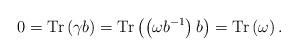
LaTeX: \begin{align*}0=\mathrm{Tr}\left(\gamma b \right)=\mathrm{Tr}\left(\left(\omega b^{-1}\right) b\right)=\mathrm{Tr}\left(\omega\right).\end{align*}